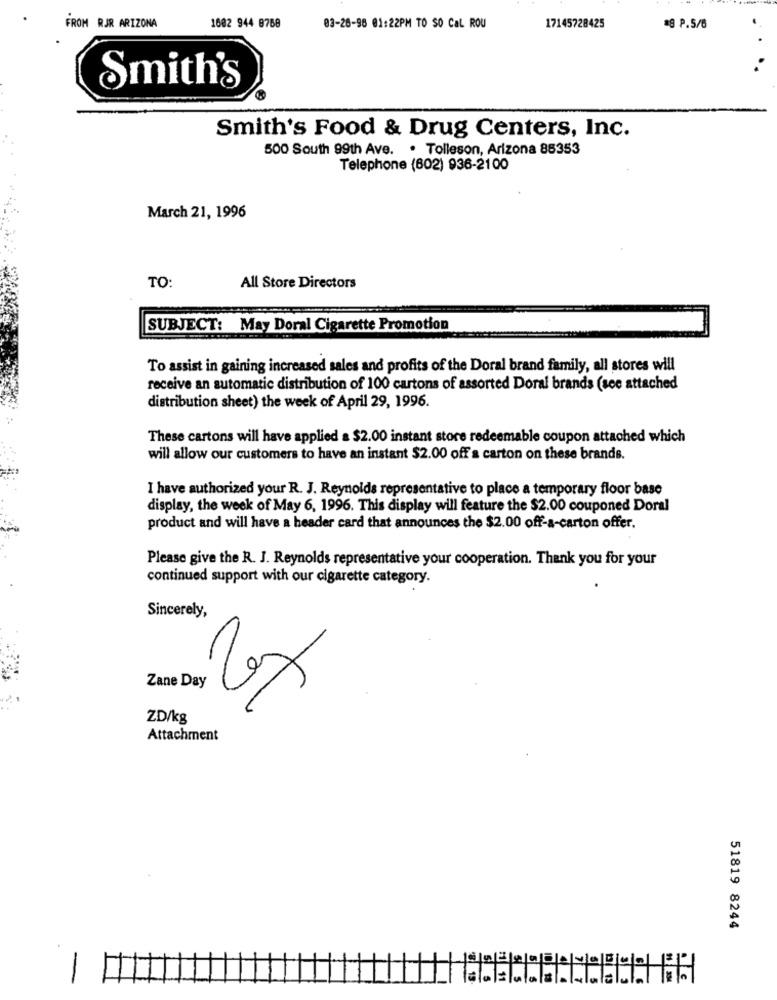
FROM RJR ARIZONA
1602 944 8768
03-28-96 01:22PM TO SO Cal ROU
17145728425
*9 P.5/6
Smith's
Smith's Food & Drug Centers, Inc.
500 South 99th Ave. . Tolleson, Arizona 85353
Telephone (602) 936-2100
March 21, 1996
TO:
All Store Directors
SUBJECT: May Doral Cigarette Promotion
To assist in gaining increased sales and profits of the Doral brand family, all stores will
receive an automatic distribution of 100 cartons of assorted Doral brands (see attached
distribution sheet) the week of April 29, 1996.
These cartons will have applied a $2.00 instant store redeemable coupon attached which
will allow our customers to have an instant $2.00 off a carton on these brands.
I have authorized your R. J. Reynolds representative to place a temporary floor base
display, the week of May 6, 1996. This display will feature the $2.00 couponed Doral
product and will have a header card that announces the $2.00 off-a-carton offer.
Please give the R. J. Reynolds representative your cooperation. Thank you for your
continued support with our cigarette category.
Sincerely,
Zane Day
ZD/kg
Attachment
51819 8244
-